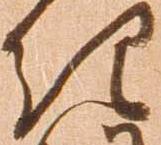
紀